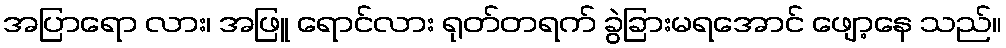
အပြာရော လား၊ အဖြူ ရောင်လား ရုတ်တရက် ခွဲခြားမရအောင် ဖျော့နေ သည်။